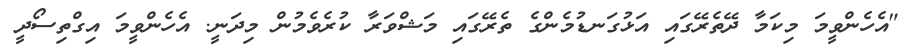
"އެހެންވީމަ މިކަމާ ދޭތެރޭގައި އަޅުގަނޑުމެންގެ ތެރޭގައި މަޝްވަރާ ކުރެވެމުން މިދަނީ. އެހެންވީމަ އިގްތިސޯދީ